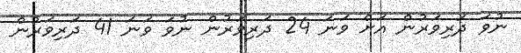
ނުވަ ދަރިވަރުން އަށް ވަނަ 24 ދަރިވަރުން ނުވަ ވަނަ 41 ދަރިވަރުން